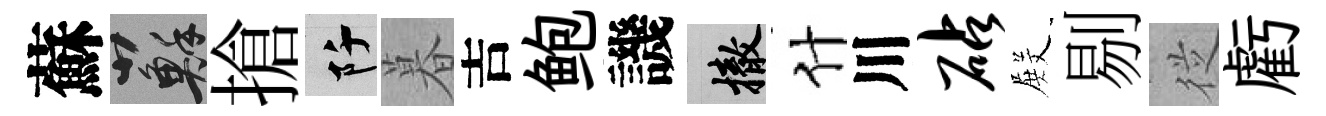
蘇蘇搶阡暮吉鲍譏撤什川砧𭮺剔従虧